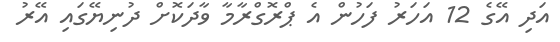
އަދި އޭގެ 12 އަހަރު ފަހުން އެ ޕްރޮގްރާމާ ވާދަކޮށް ދުނިޔޭގައި އޭރު